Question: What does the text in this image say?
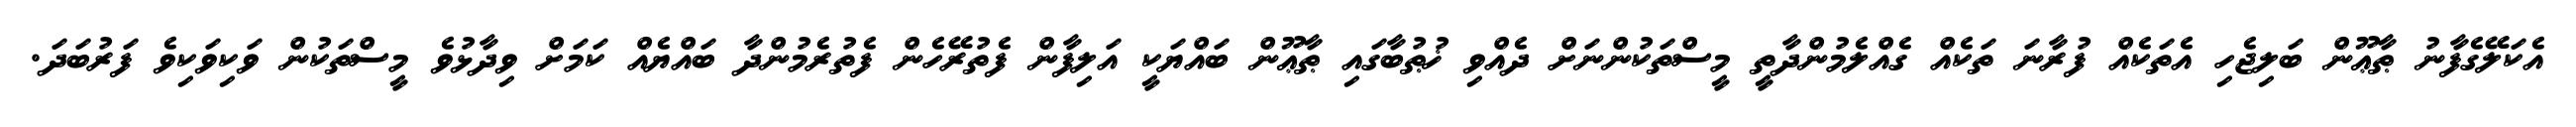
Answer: އެކަލޭގެފާނު ޠާޢޫން ބަލިޖެހި އެތަކެއް ފުރާނަ ތަކެއް ގެއްލެމުންދާތީ މީސްތަކުންނަށް ދެއްވި ޚުޠުބާގައި ޠާޢޫން ބައްޔަކީ އަލިފާން ފެތުރޭހެން ފެތުރެމުންދާ ބައްޔެއް ކަމަށް ވިދާޅުވެ މީސްތަކުން ވަކިވަކިވެ ފަރުބަދަ.